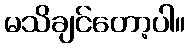
မသိချင်တော့ပါ။